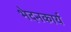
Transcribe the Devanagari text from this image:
भेदनकार्य